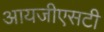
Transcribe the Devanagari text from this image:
आयजीएसटी